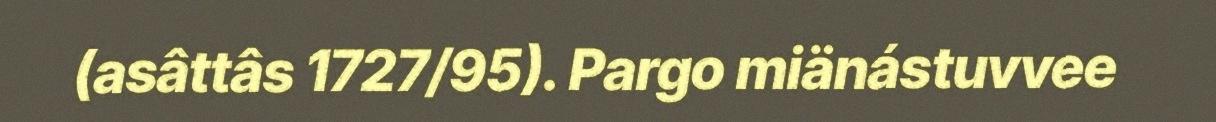
(asâttâs 1727/95). Pargo miänástuvvee